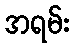
အရမ်း